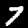
Label: 7